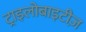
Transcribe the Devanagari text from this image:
ट्राइलोबाइटीज़